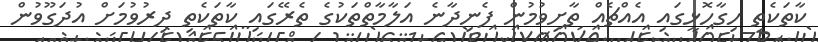
ކާތަކެތި ހިގާހޮޅީގައި އެއްޗެއް ތާށިވުމުން ފެނިދާނެ އަލާމާތްތަކުގެ ތެރޭގައި ކާތަކެތި ދިރުވުމަށް އުދަގޫވުން